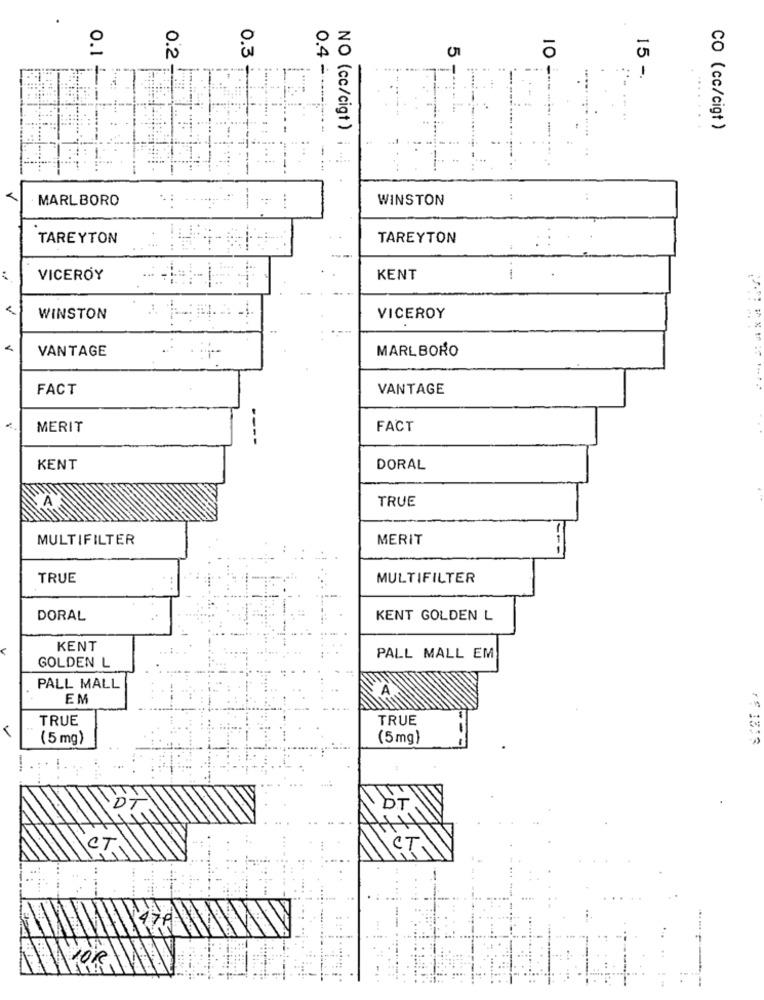
0.3
5
0.2
.. +
15 -
0.1 + -.
10 ---.
0.4 -----
NO (cc/cigt )
CO (cc/cigt )
MARLBORO
WINSTON
TAREYTON
TAREYTON
--
VICEROY
KENT
WINSTON
VICEROY
VANTAGE
MARLBORO
FACT
VANTAGE
MERIT
FACT
----
KENT
DORAL
TRUE
MULTIFILTER
MERIT
---
TRUE
MULTIFILTER
DORAL
KENT GOLDEN L
KENT
PALL MALL EM
GOLDEN L
PALL MALL
EM
TRUE
TRUE
(5 mg)
(5mg)
CT
10R